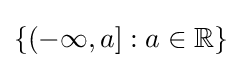
\{(-\infty ,a]:a\in \mathbb {R} \}